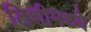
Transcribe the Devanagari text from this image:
तिशीमध्ये